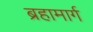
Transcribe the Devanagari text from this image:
ब्रहामार्ग